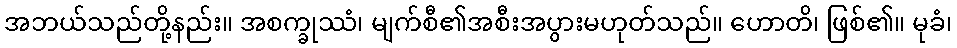
အဘယ်သည်တို့နည်း။ အစက္ခုဿံ၊ မျက်စီ၏အစီးအပွားမဟုတ်သည်။ ဟောတိ၊ ဖြစ်၏။ မုခံ၊